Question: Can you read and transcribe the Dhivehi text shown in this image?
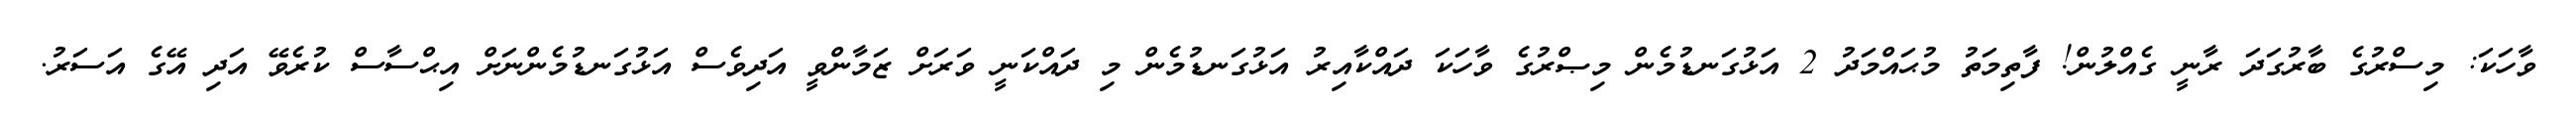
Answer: ވާހަކަ: މިސްރުގެ ބާރުގަދަ ރާނީ ގެއްލުން! ފާތިމަތު މުޙައްމަދު 2 އަޅުގަނޑުމެން މިޞްރުގެ ވާހަކަ ދައްކާއިރު އަޅުގަނޑުމެން މި ދައްކަނީ ވަރަށް ޒަމާންވީ އަދިވެސް އަޅުގަނޑުމެންނަށް އިޙްސާސް ކުރެވޭ އަދި އޭގެ އަސަރު.